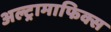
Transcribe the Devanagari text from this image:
अल्ट्रामाफिक्स